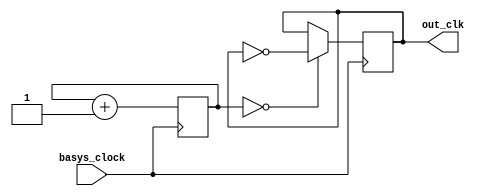
`timescale 1ns / 1ps
//////////////////////////////////////////////////////////////////////////////////
// Company: 
// Engineer: 
// 
// Design Name: 
// Module Name: clock_oled
// Project Name: 
// Target Devices: 
// Tool Versions: 
// Description: 
// 
// Dependencies: 
// 
// Revision:
// Revision 0.01 - File Created
// Additional Comments:
// 
//////////////////////////////////////////////////////////////////////////////////


module slower_oled_clock(input basys_clock, output reg out_clk=0);
   
    reg [25:0] count=0;
    always @ (posedge basys_clock)
    begin
        count<= count+1;
        out_clk<=(count==0)?~out_clk:out_clk;
    end
endmodule